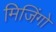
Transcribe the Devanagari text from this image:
मिजिंगो